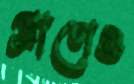
প্রাণেও